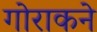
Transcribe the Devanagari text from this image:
गोराकने